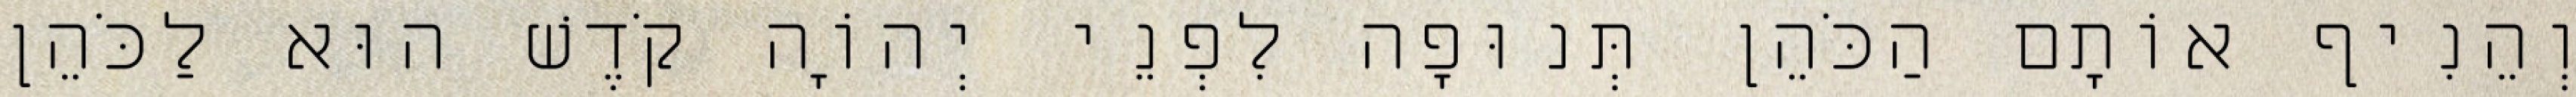
וְהֵנִיף אוֹתָם הַכֹּהֵן תְּנוּפָה לִפְנֵי יְהוָֹה קֹדֶשׁ הוּא לַכֹּהֵן